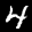
Label: 4